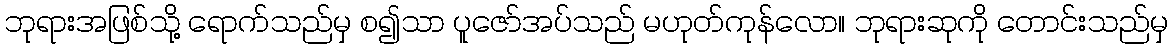
ဘုရားအဖြစ်သို့ ရောက်သည်မှ စ၍သာ ပူဇော်အပ်သည် မဟုတ်ကုန်လော။ ဘုရားဆုကို တောင်းသည်မှ